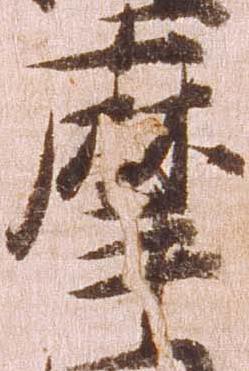
摩